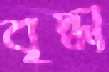
বৃদ্ধা